Annual report on the health of the army in India
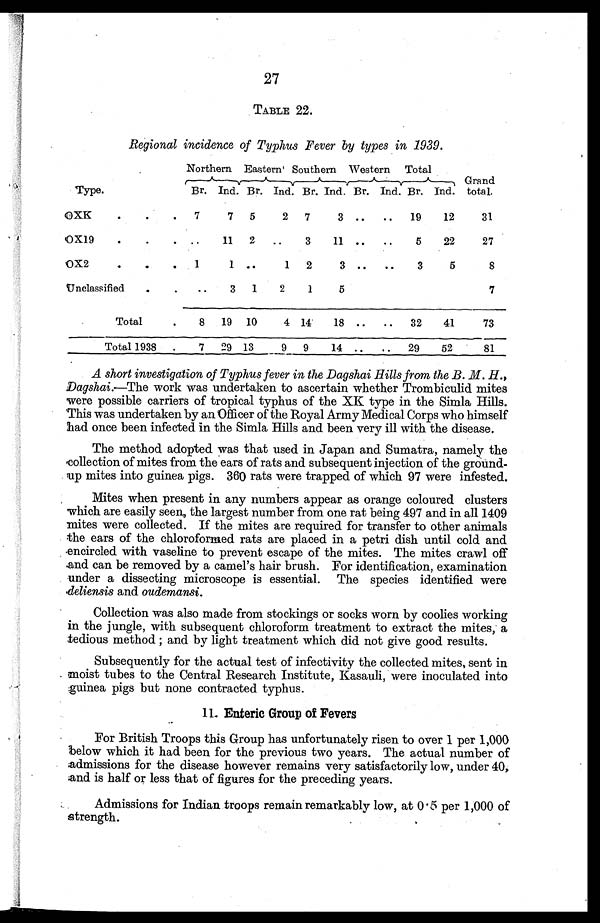
27
TABLE 22.
Regional incidence of Typhus Fever by types in 1939.
Northern Eastern Southern Western Total
Grand
total.
Type.
Br. Ind. Br. Ind. Br. Ind. Br. Ind. Br. Ind.
OXK
.
.
. 7
7 5
2 7
3 ..
.. 19
12
31
OX19
.
.
. ..
11 2 ..
3
11 ..
..
5
22
27
0X2
.
.
. 1
1 ..
1 2
3 ..
..
3
5
8
Unclassified
.
.
..
3 1
2
1
5
7
Total
.
8 19 10
4 14
18 ..
.. 32
41
73
Total 1938 .
7 29 13
9 9
14 ..
.. 29
52
81
A short investigation of Typhus fever in the Dagshai Hills from the B. M. H.,
Dagshai.—The work was undertaken to ascertain whether Trombiculid mites
were possible carriers of tropical typhus of the XK type in the Simla Hills.
This was undertaken by an Officer of the Royal Army Medical Corps who himself
had once been infected in the Simla Hills and been very ill with the disease.
The method adopted was that used in Japan and Sumatra, namely the
collection of mites from the ears of rats and subsequent injection of the ground-
up mites into guinea pigs. 360 rats were trapped of which 97 were infested.
Mites when present in any numbers appear as orange coloured clusters
which are easily seen, the largest number from one rat being 497 and in all 1409
mites were collected. If the mites are required for transfer to other animals
the ears of the chloroformed rats are placed in a petri dish until cold and
encircled with vaseline to prevent escape of the mites. The mites crawl off
and can be removed by a camel's hair brush. For identification, examination
under a dissecting microscope is essential. The species identified were
deliensis and oudemansi.
Collection was also made from stockings or socks worn by coolies working
in the jungle, with subsequent chloroform treatment to extract the mites, a
tedious method and by light treatment which did not give good results.
Subsequently for the actual test of infectivity the collected mites, sent in
moist tubes to the Central Research Institute, Kasauli, were inoculated into
guinea pigs but none contracted typhus.
11. Enteric Group of Fevers
For British Troops this Group has unfortunately risen to over 1 per 1,000
below which it had been for the previous two years. The actual number of
admissions for the disease however remains very satisfactorily low, under 40,
and is half or less that of figures for the preceding years.
Admissions for Indian troops remain remarkably low, at 0.5 per 1,000 of
strength.